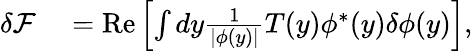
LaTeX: \begin{array}{rl}{\delta\mathcal{F}}&{{}=\mathrm{Re}\left[\int dy\frac{1}{|\phi(y)|}T(y)\phi^{*}(y)\delta\phi(y)\right],}\end{array}